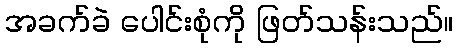
အခက်ခဲ ပေါင်းစုံကို ဖြတ်သန်းသည်။